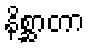
နိစ္ဆာတာ